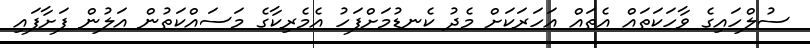
ސުލްހައިގެ ވާހަކަތައް އެތައް އަހަރަކަށް މެދު ކެނޑުމަށްފަހު އެމެރިކާގެ މަސައްކަތުން އަލުން ފަށާފައި